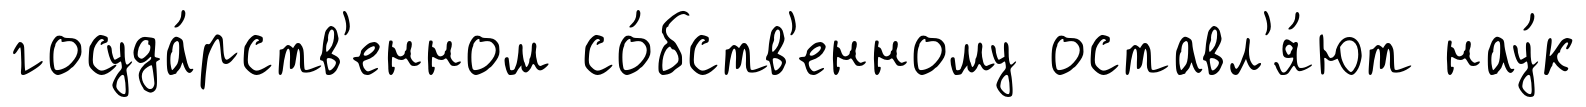
госуда́рств'енном со́бств'енному оставл'я́ют нау́к